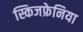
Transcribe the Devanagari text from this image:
स्किजफ्रेनिया